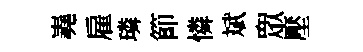
嶤雇璘節憐斌衆壓